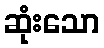
ဆုံးသော